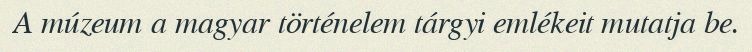
A múzeum a magyar történelem tárgyi emlékeit mutatja be.